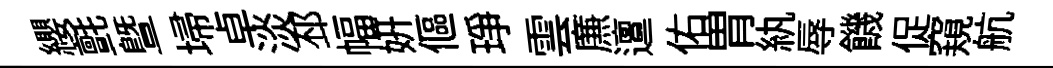
纓氈暨埽卓淡邳幅妍傴琤雲㢘邅佑胃紈辱饑促窺航